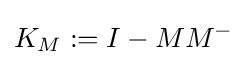
K_{M}:=I-MM^{-}